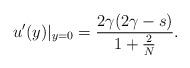
LaTeX: \begin{align*}u'(y){|_{y=0}}=\frac{2\gamma (2\gamma-s)}{1+\frac{2}{N}}.\end{align*}